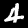
Digit: 4